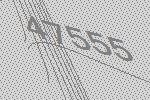
47555